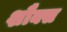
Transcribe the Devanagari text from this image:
शौक्स